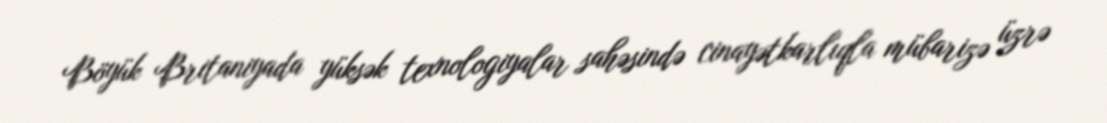
Böyük Britaniyada yüksək texnologiyalar sahəsində cinayətkarlıqla mübarizə üzrə